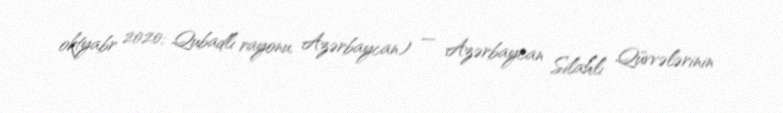
oktyabr 2020; Qubadlı rayonu, Azərbaycan) — Azərbaycan Silahlı Qüvvələrinin